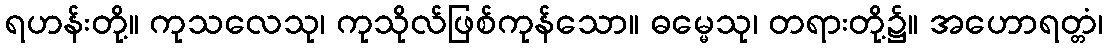
ရဟန်းတို့။ ကုသလေသု၊ ကုသိုလ်ဖြစ်ကုန်သော။ ဓမ္မေသု၊ တရားတို့၌။ အဟောရတ္တံ၊